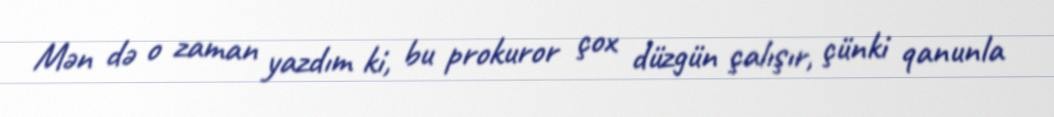
Mən də o zaman yazdım ki, bu prokuror çox düzgün çalışır, çünki qanunla